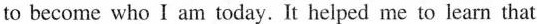
to become who I am today.It helped me to learn that